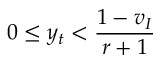
0 \le y _ { t } < \frac { 1 - v _ { I } } { r + 1 }